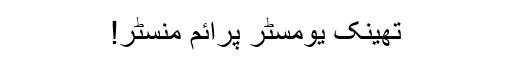
تھینک یومسٹر پرائم منسٹر!